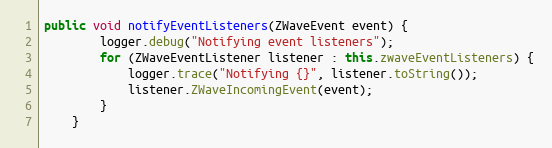
Language: Java
public void notifyEventListeners(ZWaveEvent event) {
		logger.debug("Notifying event listeners");
		for (ZWaveEventListener listener : this.zwaveEventListeners) {
			logger.trace("Notifying {}", listener.toString());
			listener.ZWaveIncomingEvent(event);
		}
	}